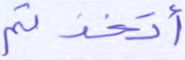
أتخذتم